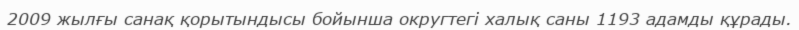
2009 жылғы санақ қорытындысы бойынша округтегі халық саны 1193 адамды құрады.